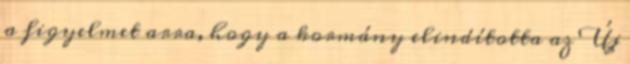
a figyelmet arra, hogy a kormány elindította az Új